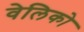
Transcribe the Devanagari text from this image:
वेलिको